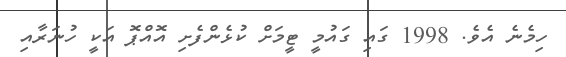
ހިމެނެ އެވެ. 1998 ގައި ގައުމީ ޓީމަށް ކުޅެންފެށި އޮއްޕޮ އަކީ ހުނަރާއި